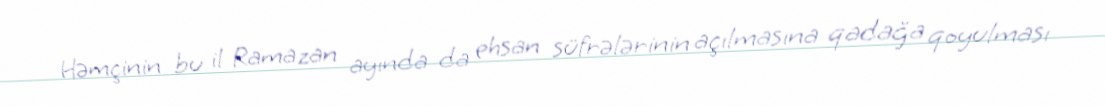
Həmçinin bu il Ramazan ayında da ehsan süfrələrinin açılmasına qadağa qoyulması